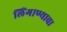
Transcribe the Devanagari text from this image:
लिंगाण्याचा